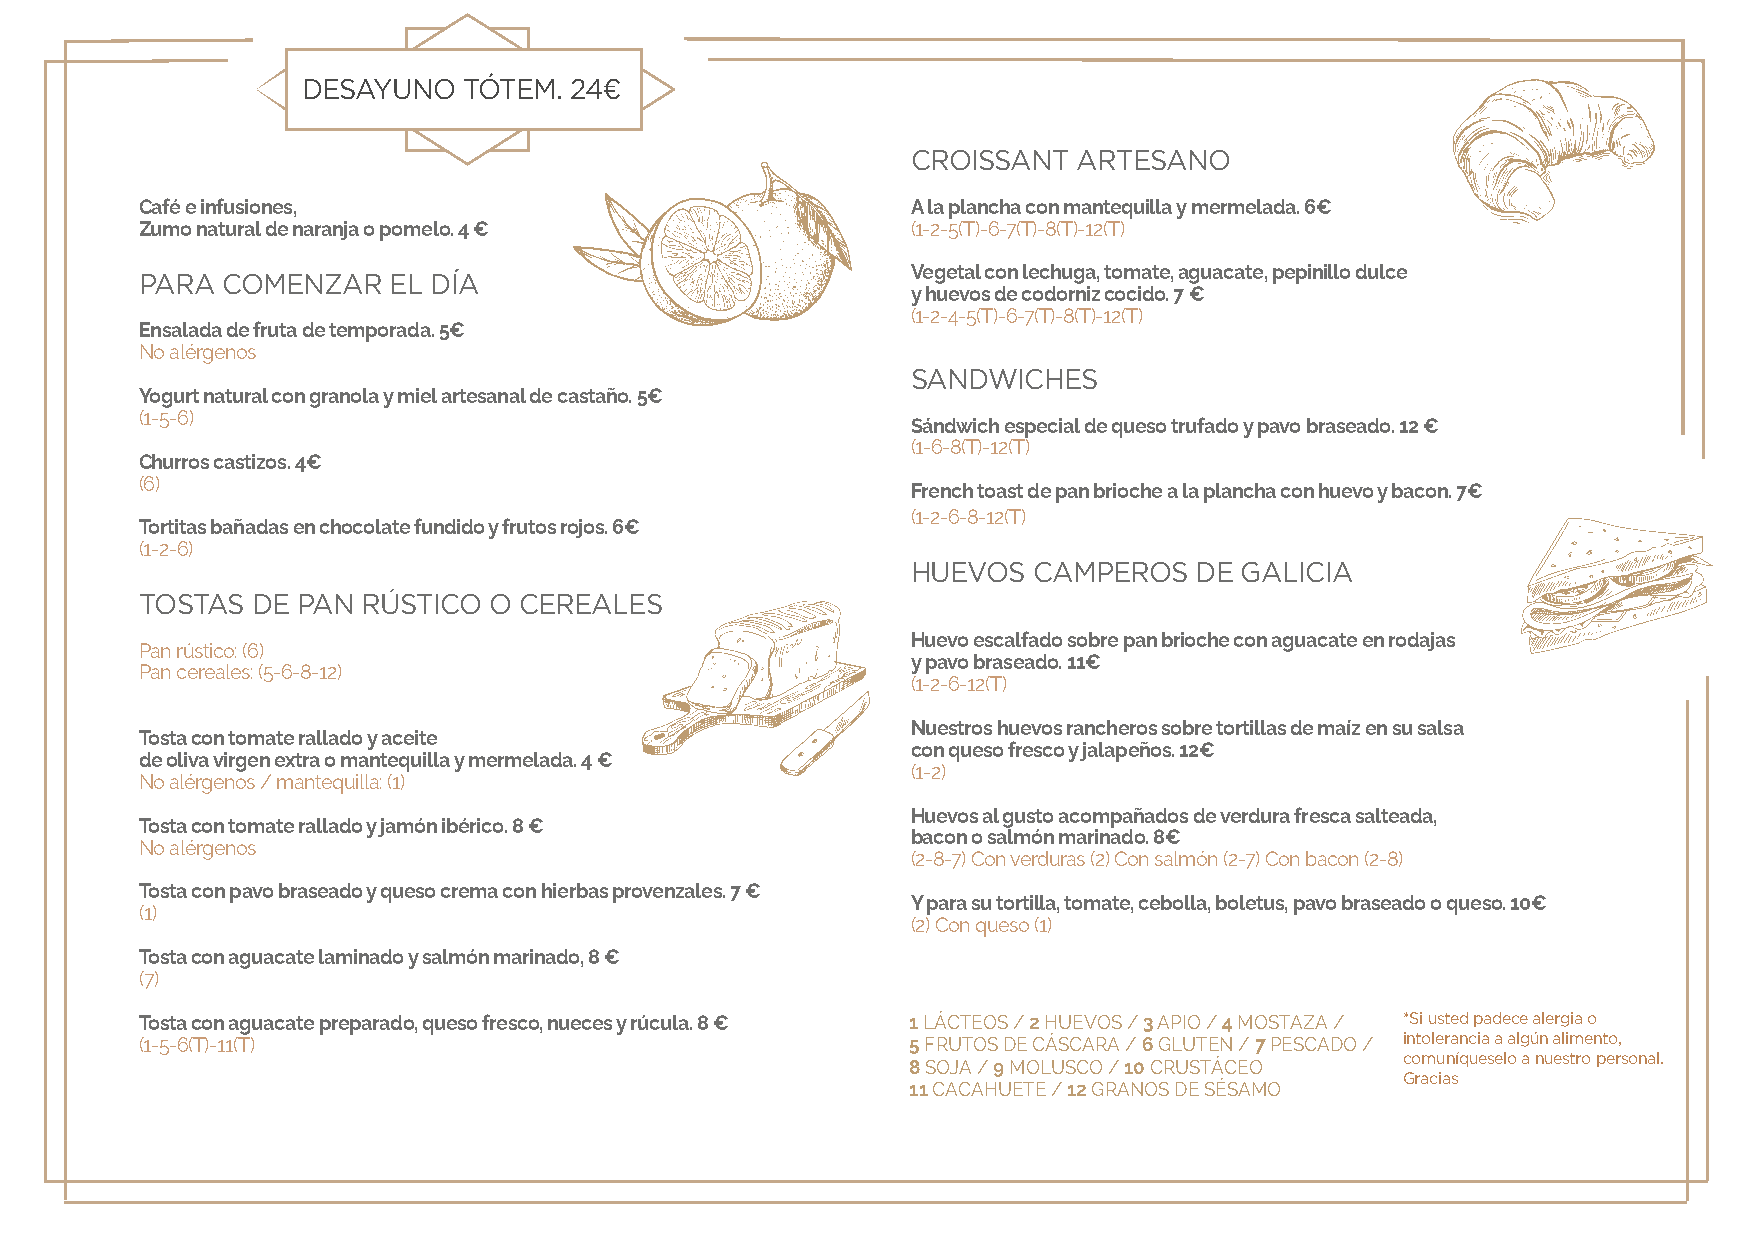
DESAYUNO   TÓTEM. 24€
 CROISSANT  ARTESANO
 Café e infusiones,                                 A la plancha con mantequilla y mermelada. 6€
 Zumo natural de naranja o pomelo. 4 €              (1-2-5(T)-6-7(T)-8(T)-12(T)
 Vegetal con lechuga, tomate, aguacate, pepinillo dulce
 PARA  COMENZAR   EL DÍA
 y huevos de codorniz cocido. 7 €
 (1-2-4-5(T)-6-7(T)-8(T)-12(T)
 Ensalada de fruta de temporada. 5€
 No alérgenos
 SANDWICHES
 Yogurt natural con granola y miel artesanal de castaño. 5€
 (1-5-6)
 Sándwich especial de queso trufado y pavo braseado. 12 €
 (1-6-8(T)-12(T)
 Churros castizos. 4€
 (6)
 French toast de pan brioche a la plancha con huevo y bacon. 7€
 (1-2-6-8-12(T)
 Tortitas bañadas en chocolate fundido y frutos rojos. 6€
 (1-2-6)
 HUEVOS  CAMPEROS   DE GALICIA
 TOSTAS  DE PAN RÚSTICO O CEREALES
 Huevo escalfado sobre pan brioche con aguacate en rodajas
 Pan rústico: (6)
 y pavo braseado. 11€
 Pan cereales: (5-6-8-12)
 (1-2-6-12(T)
 Nuestros huevos rancheros sobre tortillas de maíz en su salsa
 Tosta con tomate rallado y aceite
 con queso fresco y jalapeños. 12€
 de oliva virgen extra o mantequilla y mermelada. 4 €
 (1-2)
 No alérgenos / mantequilla: (1)
 Huevos al gusto acompañados de verdura fresca salteada,
 Tosta con tomate rallado y jamón ibérico. 8 €
 bacon o salmón marinado. 8€
 No alérgenos
 (2-8-7) Con verduras (2) Con salmón (2-7) Con bacon (2-8)
 Tosta con pavo braseado y queso crema con hierbas provenzales. 7 €
 Y para su tortilla, tomate, cebolla, boletus, pavo braseado o queso. 10€
 (1)
 (2) Con queso (1)
 Tosta con aguacate laminado y salmón marinado, 8 €
 (7)
 Tosta con aguacate preparado, queso fresco, nueces y rúcula. 8 € 1 LÁCTEOS / 2 HUEVOS / 3 APIO / 4 MOSTAZA / *Si usted padece alergia o
 (1-5-6(T)-11(T)                                    5 FRUTOS DE CÁSCARA / 6 GLUTEN / 7 PESCADO / intolerancia a algún alimento,
 comuníqueselo a nuestro personal.
 8 SOJA / 9 MOLUSCO / 10 CRUSTÁCEO
 Gracias
 11 CACAHUETE / 12 GRANOS DE SÉSAMO